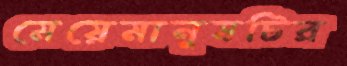
মেয়েমানুষটির